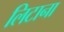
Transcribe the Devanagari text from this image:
लिटाना